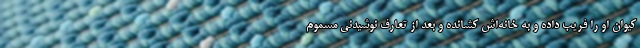
کیوان او را فریب داده و به خانه‌اش کشانده و بعد از تعارف نوشیدنی مسموم